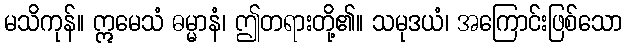
မသိကုန်။ ဣမေသံ ဓမ္မာနံ၊ ဤတရားတို့၏။ သမုဒယံ၊ အကြောင်းဖြစ်သော